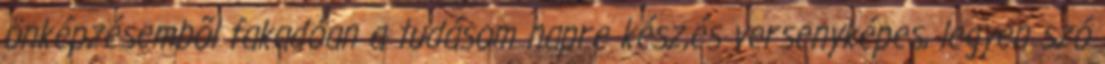
önképzésembõl fakadóan a tudásom napre kész,és versenyképes, legyen szó